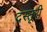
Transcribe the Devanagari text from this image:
दस्तूरी